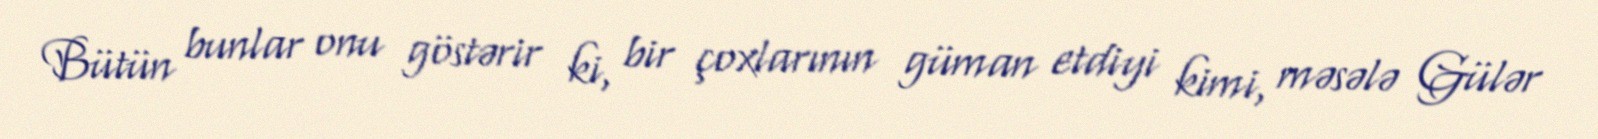
Bütün bunlar onu göstərir ki, bir çoxlarının güman etdiyi kimi, məsələ Gülər